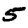
Digit: 5